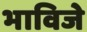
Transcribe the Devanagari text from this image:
भाविजे